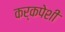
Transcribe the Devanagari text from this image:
कर्कपेशी